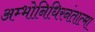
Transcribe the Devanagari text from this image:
अम्भोनिधिरनंतात्मा